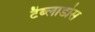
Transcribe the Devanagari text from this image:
टैब्लाडोस